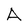
Character: A